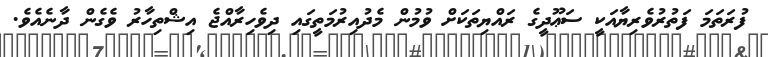
ފުރަތަމަ ފަތުރުވެރިޔާއަކީ ސަޢޫދީގެ ރައްޔިތަކަށް ވުމުން މެދުއިރުމަތީގައި ދިވެހިރާއްޖެ އިޝްތިހާރު ވެގެން ދާނެއެވެ.